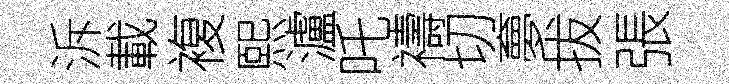
泝載複熙瀘吒禱切夣拔張